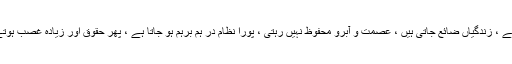
وجہ یہ ہے کہ بغاوتوں سے انارکی پھیلتی ہے ، زندگیاں ضائع جاتی ہیں ، عصمت و آبرو محفوظ نہيں رہتی ، پورا نظام در ہم برہم ہو جاتا ہے ، پھر حقوق اور زيادہ غصب ہوتے ہيں اور برائیاں اور زیادہ پنپنے لگتی ہیں ۔